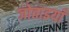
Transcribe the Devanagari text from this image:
जोताइयाँ